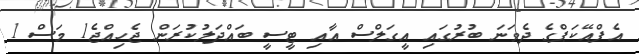
އެފްއޭކަޕްގެ ދެވަނަ ބުރުގައި އީގަލްސް އާއި ޓީސީ ބައްދަލުކުރަން ޖެހިއްޖެ1 މަސް 1